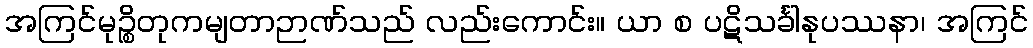
အကြင်မုဉ္စိတုကမျတာဉာဏ်သည် လည်းကောင်း။ ယာ စ ပဋိသင်္ခါနုပဿနာ၊ အကြင်